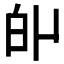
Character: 𤽆